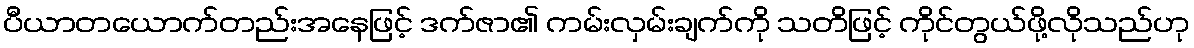
ပီယာတယောက်တည်းအနေဖြင့် ဒက်ဇာ၏ ကမ်းလှမ်းချက်ကို သတိဖြင့် ကိုင်တွယ်ဖို့လိုသည်ဟု